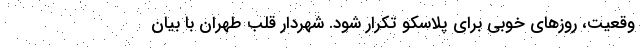
وقعیت، روزهای خوبی برای پلاسکو تکرار شود. شهردار قلب طهران با بیان